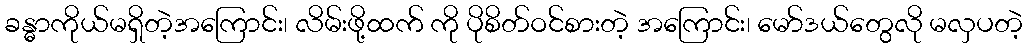
ခန္ဓာကိုယ်မရှိတဲ့အကြောင်း၊ လိမ်းဖို့ထက် ကို ပိုစိတ်ဝင်စားတဲ့ အကြောင်း၊ မော်ဒယ်တွေလို မလှပတဲ့